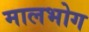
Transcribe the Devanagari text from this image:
मालभोग